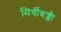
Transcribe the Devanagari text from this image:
मिर्चीबज्जी